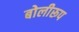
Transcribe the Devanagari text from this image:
बोलीरूप